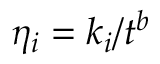
\eta _ { i } = k _ { i } / t ^ { b }